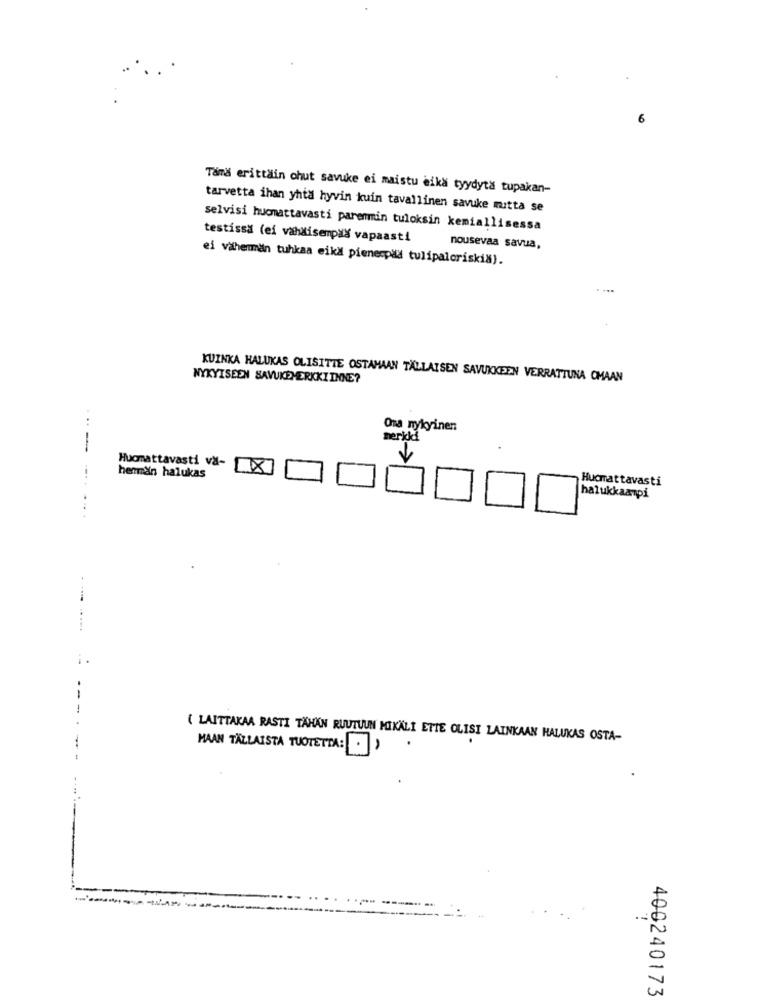
6
Tämä erittäin chut savuke ei maistu eika tyydyta tupakan-
tarvetta ihan yhta hyvin kuin tavallinen savuke mitta se
selvisi hucmattavasti parenmin tuloksin kemiallisessa
testissa (ei vahdiserpas vapaasti
nousevaa savua,
ei vähemmän tuhkaa eikä pienespad tulipaloriskiš).
NYKYISEEN SAVUKEMERKKIINNE?
KUINKA HALUKAS OLISITTE OSTAMAAN TALLAISEN SAVUKKEEN VERRATTUNA CMAAN
Ora nykyinen
merida
Huomattavasti va-
herman halukas
Hucmattavasti
halukkaanpi
.-......
....
-
( LAITTAKAA RASTI TÄHÄN RUUTUUN MIKÄLI ETTE OLISI LAINKAAN HALUKAS OSTA-
MAAN TALLAISTA TUOTETTA: . )
----
.-
400240173